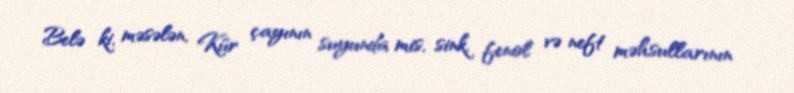
Belə ki, məsələn, Kür çayının suyunda mis, sink, fenol və neft məhsullarının